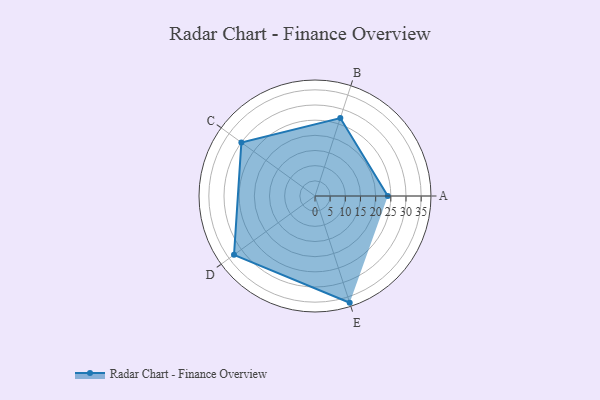
{"axis": {"x": "Skill", "y": "Score"}, "legend": ["Profile"], "data": [{"x": "A", "y": 24.0, "type": "Profile"}, {"x": "B", "y": 27.0, "type": "Profile"}, {"x": "C", "y": 30.0, "type": "Profile"}, {"x": "D", "y": 33.0, "type": "Profile"}, {"x": "E", "y": 37.0, "type": "Profile"}]}